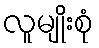
လူမျိုးစုံ